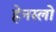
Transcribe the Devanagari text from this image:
हेनस्लो